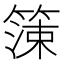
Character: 𱸙